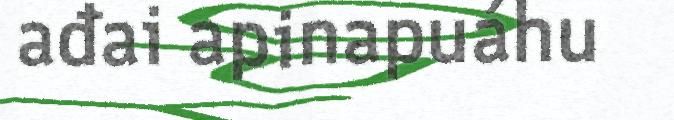
ađai apinapuáhu